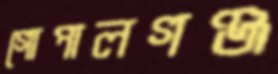
গোপালগঞ্জ